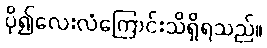
ပို၍လေးလံကြောင်းသိရှိရသည်။